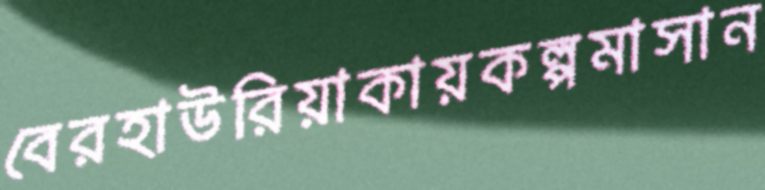
বেরহাউরিয়াকায়কল্পমাসান